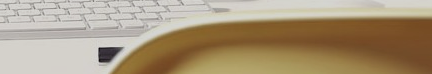
SUNSET BLVD